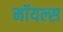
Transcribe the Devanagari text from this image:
मॉयल्स